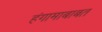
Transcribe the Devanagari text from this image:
हंगामाबाबत